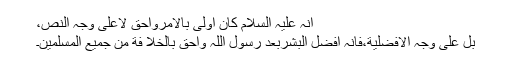
اِنَّہُ علیہ السلام کَانَ اَولٰی بِالْاَمْرِوَاَحَقَّ لَاعَلٰی وَجْہِ النَّصِّ،
بَلْ عَلٰی وَجْہِ الْاَفْضَلِیَّةِ،فَاِنَّہُ اَفْضَلُ الْبَشَرْبَعْدَ رَسُوْلِ اللّٰہ وَاَحَقُّ بِالْخِلاٰ فَةِ مِنْ جَمِیْعِ الْمُسْلِمِیْنَ۔